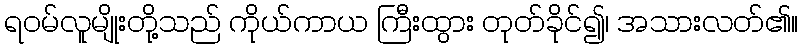
ရဝမ်လူမျိုးတို့သည် ကိုယ်ကာယ ကြီးထွား တုတ်ခိုင်၍၊ အသားလတ်၏။